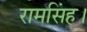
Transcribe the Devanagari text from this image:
रामसिंह।